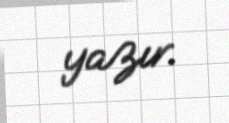
yazır.